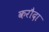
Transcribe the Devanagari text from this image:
करौदा